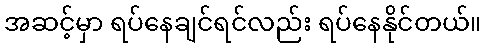
အဆင့်မှာ ရပ်နေချင်ရင်လည်း ရပ်နေနိုင်တယ်။